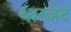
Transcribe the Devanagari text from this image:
थारूहट